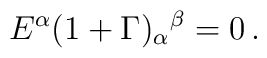
E^\alpha (1+\Gamma)_\alpha{}^\beta =  0\, .